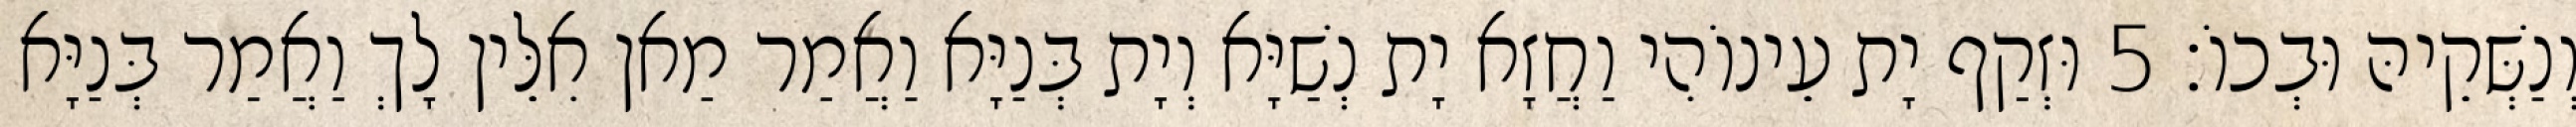
וְנַשְּׁקֵיהּ וּבְכוֹ׃ 5 וּזְקַף יָת עֵינוֹהִי וַחֲזָא יָת נְשַׁיָּא וְיָת בְּנַיָּא וַאֲמַר מַאן אִלֵּין לָךְ וַאֲמַר בְּנַיָּא